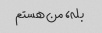
بله، من هستم